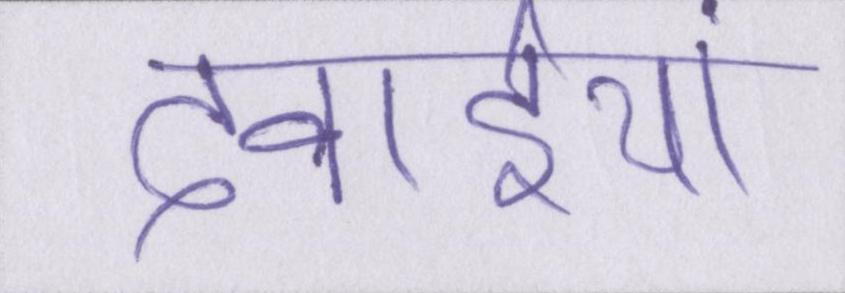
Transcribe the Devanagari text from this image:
दवाईयां